Annual report of the Madras Medical College
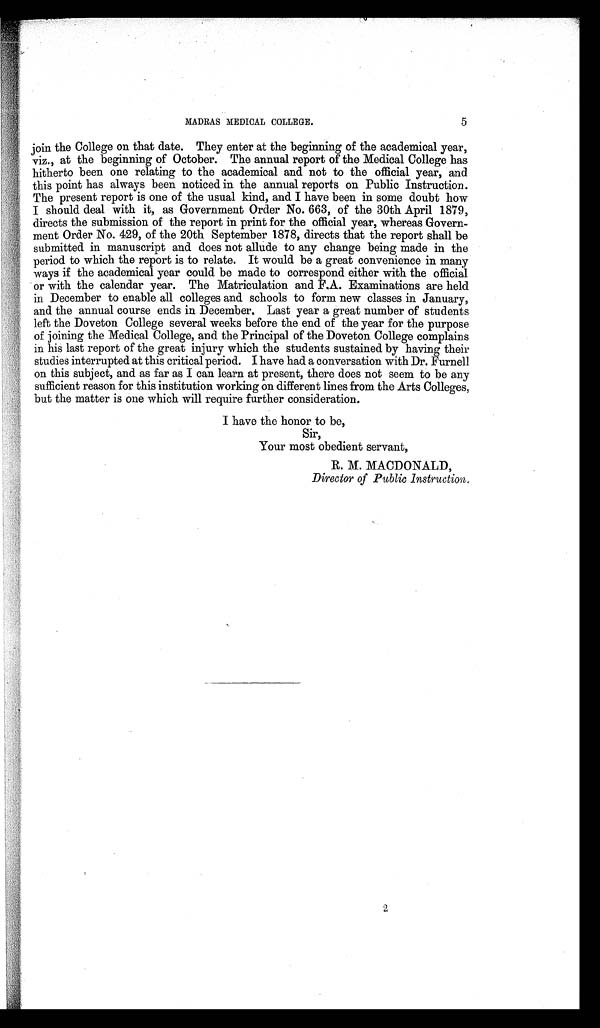
MADRAS MEDICAL COLLEGE.
5
join the College on that date. They enter at the beginning of the academical year,
viz., at the beginning of October. The annual report of the Medical College has
hitherto been one relating to the academical and not to the official year, and
this point has always been noticed in the annual reports on Public Instruction.
The present report is one of the usual kind, and I have been in some doubt how
I should deal with it, as Government Order No. 663, of the 30th April 1879,
directs the submission of the report in print for the official year, whereas Govern
ment Order No. 429, of the 20th September 1878, directs that the report shall be
submitted in manuscript and does not allude to any change being made in the
period to which the report is to relate. It would be a great convenience in many
ways if the academical year could be made to correspond either with the official
or with the calendar year. The Matriculation and F.A. Examinations are held
in December to enable all colleges and schools to form new classes in January,
and the annual course ends in December. Last year a great number of students
left the Doveton College several weeks before the end of the year for the purpose
of joining the Medical College, and the Principal of the Doveton College complains
in his last report of the great injury which the students sustained by having their
studies interrupted at this critical period. I have had a conversation with Dr. Furnell
on this subject, and as far as I can learn at present, there does not seem to be any
sufficient reason for this institution working on different lines from the Arts Colleges,
but the matter is one which will require further consideration.
I have the honor to be,
Sir,
Your most obedient servant,
Director of Public Instruction.
2